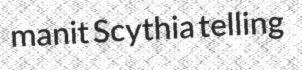
manit Scythia telling